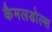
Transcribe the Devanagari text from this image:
कैमलडोल्स